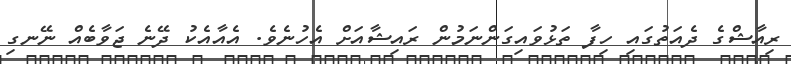
ރިއާޝްގެ ދެއަތުގައި ހިފާ ތަޅުވައިގަންނަމުން ރައިޝާއަށް އެހުނެވެ. އެއާއެކު ދޭނެ ޖަވާބެއް ނޭނގި